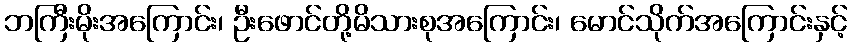
ဘကြီးမိုးအကြောင်း၊ ဦးဖောင်တို့မိသားစုအကြောင်း၊ မောင်သိုက်အကြောင်းနှင့်